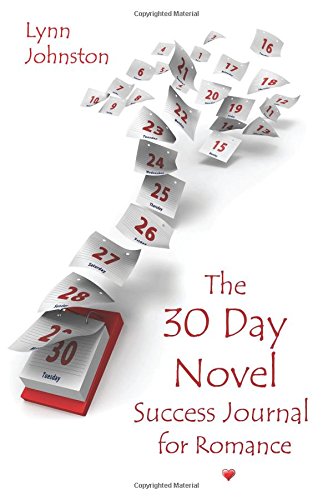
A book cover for The 30 Day Novel Success Journal for Romance: Overcome Procrastination, Figure Out What Happens Next, and Get Your Novel Written (the Write Smarter, Not Harder series) (Volume 2); Lynn Johnston; Romance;